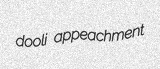
dooli appeachment